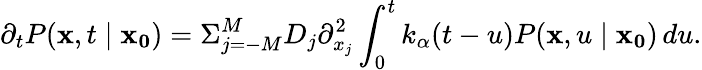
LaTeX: \partial_{t}P(\mathbf{x},t\mid\mathbf{x_{0}})=\Sigma_{j=-M}^{M}D_{j}\partial_{x_{j}}^{2}\int_{0}^{t}k_{\alpha}(t-u)P(\mathbf{x},u\mid\mathbf{x_{0}})\, du.